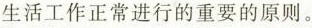
生活工作正常进行的重要的原则。